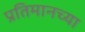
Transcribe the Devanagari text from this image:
प्रतिमानच्या